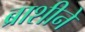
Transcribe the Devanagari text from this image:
ब्राशीने